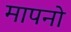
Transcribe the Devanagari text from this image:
मापनो